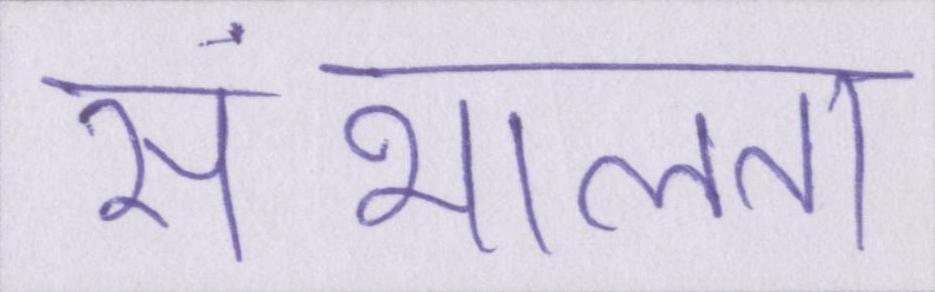
संभालता